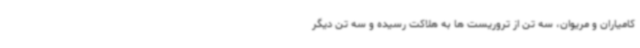
کامیاران و مریوان، سه تن از تروریست ها به هلاکت رسیده و سه تن دیگر